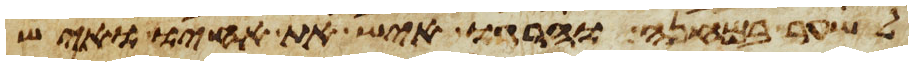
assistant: לשער במחנה והרגו איש את אחיו ואיש